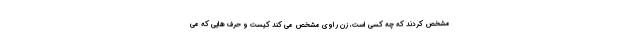
مشخص کردند که چه کسی است، زن راوی مشخص می کند کیست و حرف هایی که می